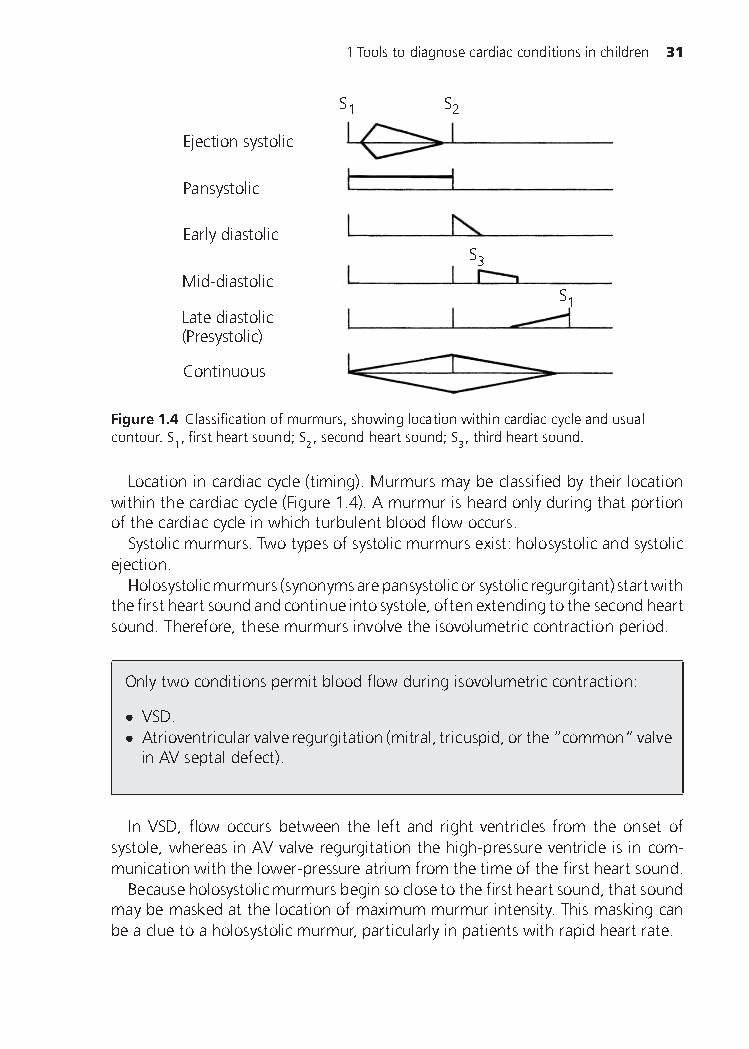
1Toolstodiagnosecardiacconditionsinchildren 31
 S      S
 1      2
 Ejection systolic
 Pansystolic
 Early diastolic
 S
 3
 Mid-diastolic
 S
 1
 Late diastolic
 (Presystolic)
 Continuous
 Figure1.4 Classificationofmurmurs,showinglocationwithincardiaccycleandusual
 contour.S ,firstheartsound;S ,secondheartsound;S ,thirdheartsound.
 1        2         3
 Locationincardiaccycle(timing).Murmursmaybeclassifiedbytheirlocation
 withinthecardiaccycle(Figure1.4).Amurmurisheardonlyduringthatportion
 ofthecardiaccycleinwhichturbulentbloodflowoccurs.
 Systolicmurmurs.Twotypesofsystolicmurmursexist:holosystolicandsystolic
 ejection.
 Holosystolicmurmurs(synonymsarepansystolicorsystolicregurgitant)startwith
 thefirstheartsoundandcontinueintosystole,oftenextendingtothesecondheart
 sound.Therefore,thesemurmursinvolvetheisovolumetriccontractionperiod.
 Onlytwoconditionspermitbloodflowduringisovolumetriccontraction:
 • VSD.
 • Atrioventricularvalveregurgitation(mitral,tricuspid,orthe“common”valve
 inAVseptaldefect).
 In VSD, flow occurs between the left and right ventricles from the onset of
 systole,whereasinAVvalveregurgitationthehigh-pressureventricleisincom-
 municationwiththelower-pressureatriumfromthetimeofthefirstheartsound.
 Becauseholosystolicmurmursbeginsoclosetothefirstheartsound,thatsound
 maybemaskedatthelocationofmaximummurmurintensity.Thismaskingcan
 beacluetoaholosystolicmurmur,particularlyinpatientswithrapidheartrate.